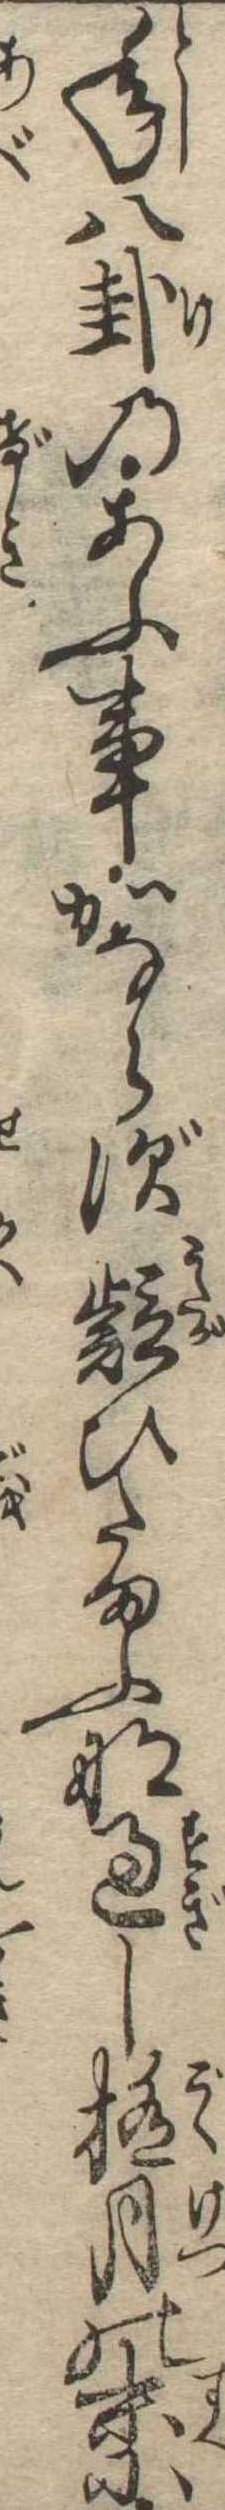
年八卦のあふ事かならず疑ひたまふな過し極月の末に